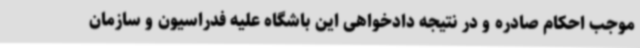
موجب احکام صادره و در نتیجه دادخواهی این باشگاه علیه فدراسیون و سازمان